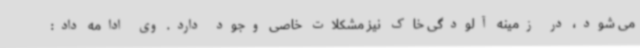
می شود، در زمینه آلودگی خاک نیز مشکلات خاصی وجود دارد. وی ادامه داد: